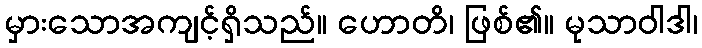
မှားသောအကျင့်ရှိသည်။ ဟောတိ၊ ဖြစ်၏။ မုသာဝါဒါ၊